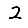
Digit: 2